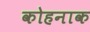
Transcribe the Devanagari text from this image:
कोहनाक